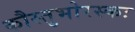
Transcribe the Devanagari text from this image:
कौस्तुभोरस्कः